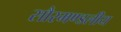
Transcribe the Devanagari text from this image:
सौरमण्डलीय